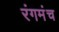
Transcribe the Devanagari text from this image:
रंगमंंच